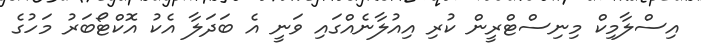
އިސްލާމިކް މިނިސްޓްރީން ކުރި އިއުލާނެއްގައި ވަނީ އެ ބަދަލާ އެކު އޮކްޓޯބަރު މަހުގެ